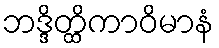
ဘဒ္ဒိတ္ထိကာဝိမာနံ